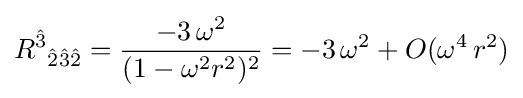
{R^{\hat {3}}}_{{\hat {2}}{\hat {3}}{\hat {2}}}={\frac {-3\,\omega ^{2}}{(1-\omega ^{2}r^{2})^{2}}}=-3\,\omega ^{2}+O(\omega ^{4}\,r^{2})